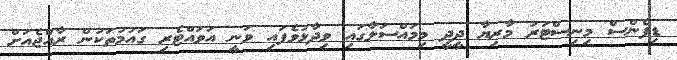
ޑިފެންސް މިނިސްޓަރު މާރިޔާ ދީދީ މިމައްސަލާގައި ވިދާޅުވެފައި ވަނީ އަވައްޓެރި ގައުމުތަކުން ރާއްޖެއަށް